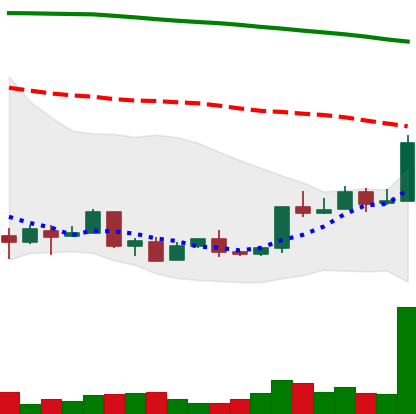
Ticker: XMR-USD
Chart end date: 2018-04-18
Forward return: 24.067%
Label: up_7plus